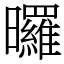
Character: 曪